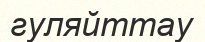
гуляйттау